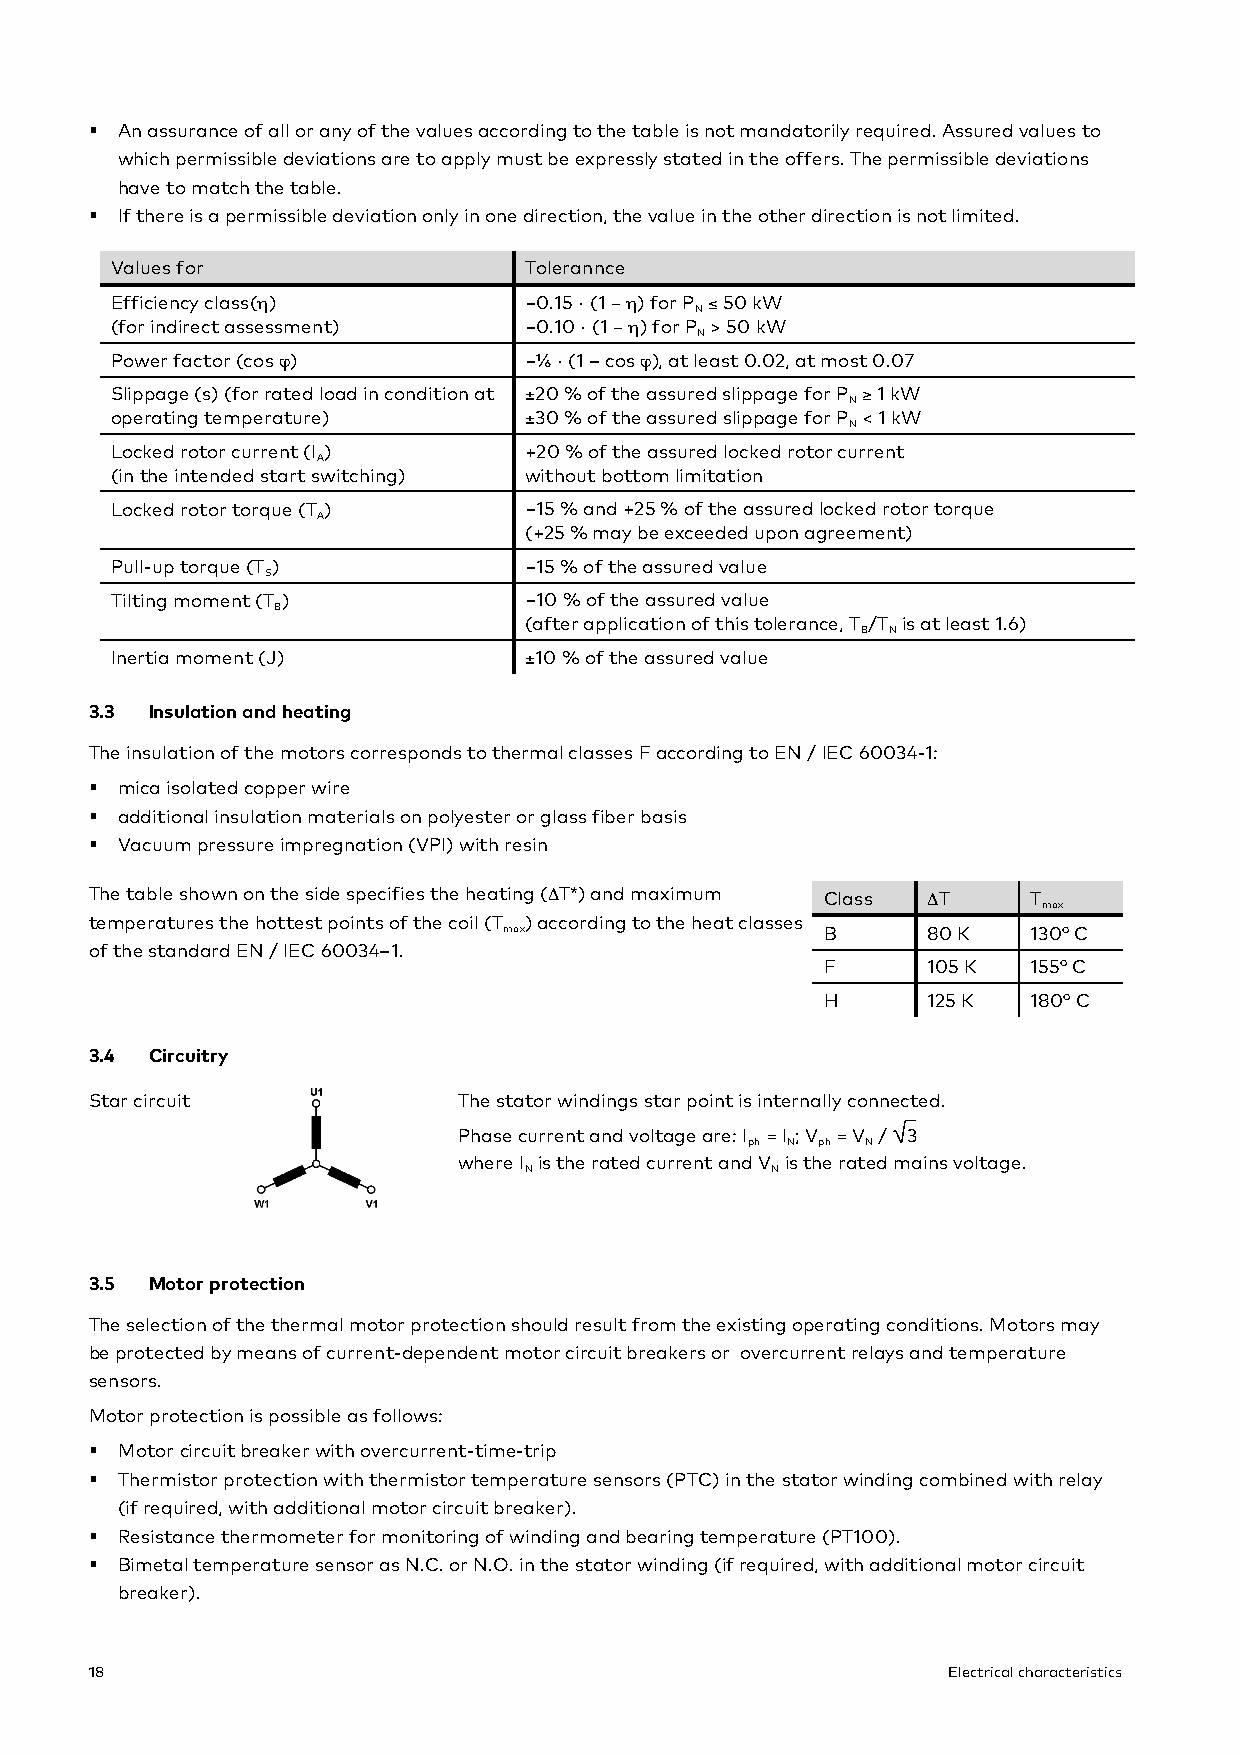
§ An assurance of all or any of the values according to the table is not mandatorily required. Assured values to
 which permissible deviations are to apply must be expressly stated in the offers. The permissible deviations
 have to match the table.
 § If there is a permissible deviation only in one direction, the value in the other direction is not limited.
 Values for                  Tolerannce
 Efficiency class(η)         −0.15 · (1 − η) for P ≤ 50 kW
 N
 (for indirect assessment)   −0.10 · (1 − η) for P > 50 kW
 N
 Power factor (cos ϕ)        −⅙ · (1 – cos ϕ), at least 0.02, at most 0.07
 Slippage (s) (for rated load in condition at ±20 % of the assured slippage for P ≥ 1 kW
 N
 operating temperature)      ±30 % of the assured slippage for P < 1 kW
 N
 Locked rotor current (I )   +20 % of the assured locked rotor current
 A
 (in the intended start switching) without bottom limitation
 Locked rotor torque (T )    −15 % and +25 % of the assured locked rotor torque
 A
 (+25 % may be exceeded upon agreement)
 Pull-up torque (T )         −15 % of the assured value
 S
 Tilting moment (T )         −10 % of the assured value
 B
 (after application of this tolerance, T /T is at least 1.6)
 B N
 Inertia moment (J)          ±10 % of the assured value
 3.3 Insulation and heating
 The insulation of the motors corresponds to thermal classes F according to EN / IEC 60034-1:
 § mica isolated copper wire
 § additional insulation materials on polyester or glass fiber basis
 § Vacuum pressure impregnation (VPI) with resin
 The table shown on the side specifies the heating (ΔT*) and maximum Class ΔT T
 max
 temperatures the hottest points of the coil (T ) according to the heat classes
 max                   B     80 K   130° C
 of the standard EN / IEC 60034–1.
 F     105 K  155° C
 H     125 K  180° C
 3.4 Circuitry
 Star circuit            The stator windings star point is internally connected.
 Phase current and voltage are: I = I ; V = V / 3
 ph N ph N
 where I is the rated current and V is the rated mains voltage.
 N               N
 3.5 Motor protection
 The selection of the thermal motor protection should result from the existing operating conditions. Motors may
 be protected by means of current-dependent motor circuit breakers or overcurrent relays and temperature
 sensors.
 Motor protection is possible as follows:
 § Motor circuit breaker with overcurrent-time-trip
 § Thermistor protection with thermistor temperature sensors (PTC) in the stator winding combined with relay
 (if required, with additional motor circuit breaker).
 § Resistance thermometer for monitoring of winding and bearing temperature (PT100).
 § Bimetal temperature sensor as N.C. or N.O. in the stator winding (if required, with additional motor circuit
 breaker).
 18                                                       Electrical characteristics